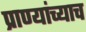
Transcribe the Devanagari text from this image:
प्राण्यांच्याच